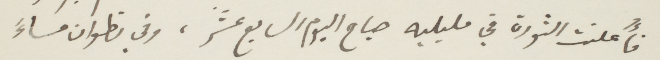
فأُعلنت الثورة في مليليه صباح اليوم السابع عشر، وفي تطوان مساءً